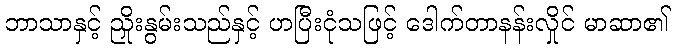
ဘာသာနှင့် ညှိုးနွမ်းသည်နှင့် ဟပြီးငုံသဖြင့် ဒေါက်တာနန်းလှိုင် မာဆာ၏